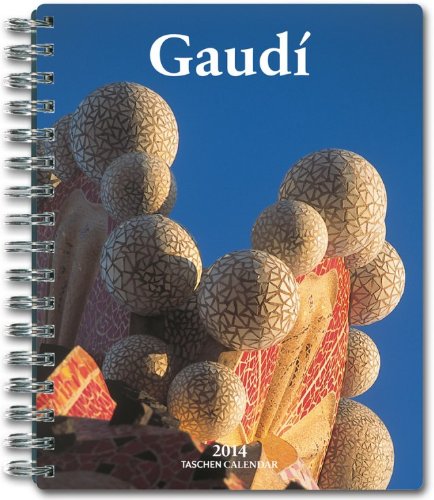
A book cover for Gaudi 2014 (Taschen Spiral Diaries); Taschen; Calendars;